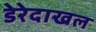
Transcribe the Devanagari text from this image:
डेरेदाखल